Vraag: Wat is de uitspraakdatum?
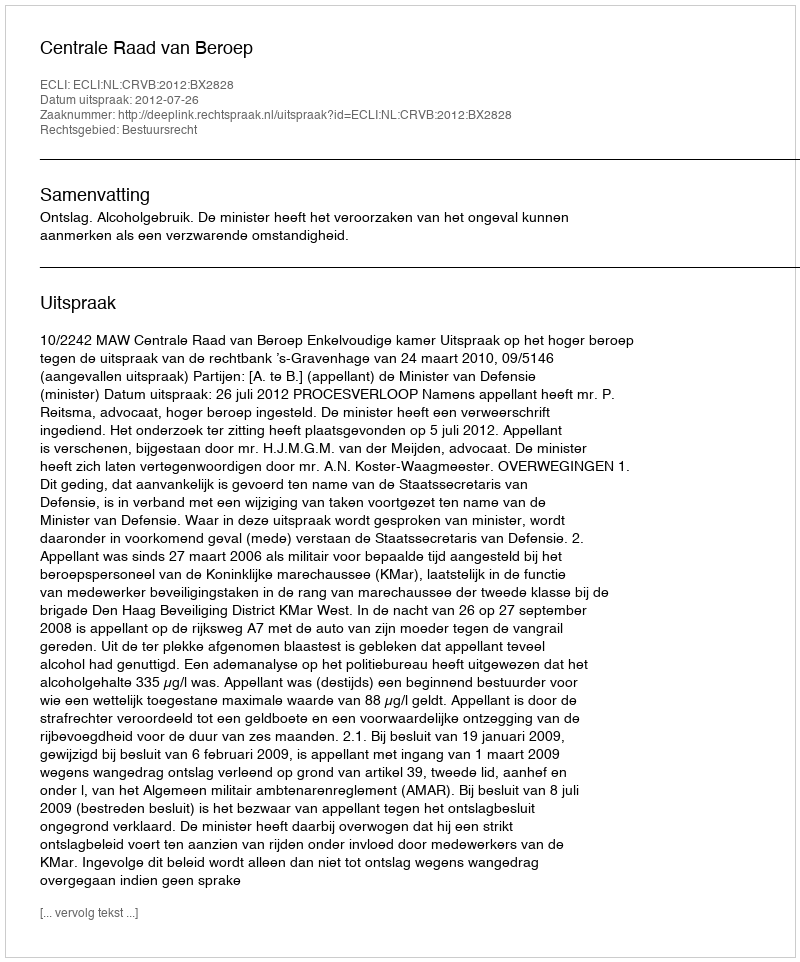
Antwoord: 2012-07-26